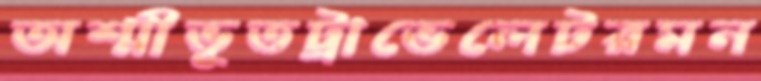
অশ্মীভূতট্রাভেলেটরমন